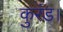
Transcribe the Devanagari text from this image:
कुरंड।